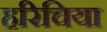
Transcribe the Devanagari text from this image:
हरिचिया